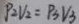
P _ { 2 } V _ { 2 } = P _ { 3 } V _ { 3 }